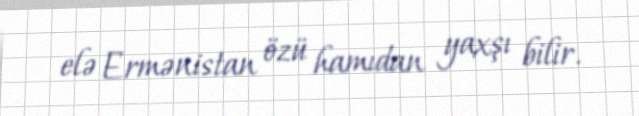
elə Ermənistan özü hamıdan yaxşı bilir.